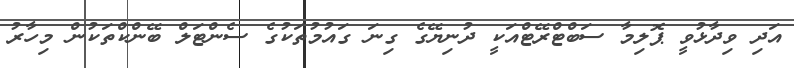
އަދި ވިދާޅުވީ ޕޮލިމާ ސަބްޓްރޭޓްއަކީ ދުނިޔޭގެ ގިނަ ގައުމުތަކުގެ ސެންޓަލް ބޭންކްތަކުން މިހާރު